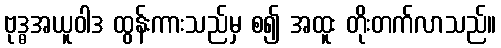
ဗုဒ္ဓအယူဝါဒ ထွန်းကားသည်မှ စ၍ အထူး တိုးတက်လာသည်။